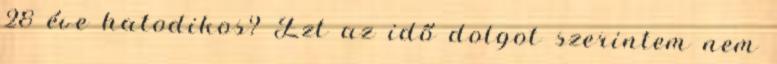
28 éve hatodikos? Ezt az idő dolgot szerintem nem